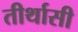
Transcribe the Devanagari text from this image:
तीर्थासी